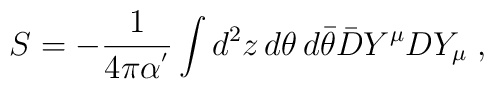
S=-\frac{1}{4\pi\alpha^{'}}\int d^{2}z\,d\theta\,d\bar{\theta}\bar{D}Y^{\mu}DY_{\mu}\;,